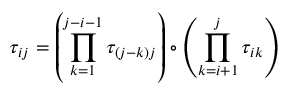
\tau _ { i j } = \left( \prod _ { k = 1 } ^ { j - i - 1 } \tau _ { ( j - k ) j } \right) \circ \left( \prod _ { k = i + 1 } ^ { j } \tau _ { i k } \right)